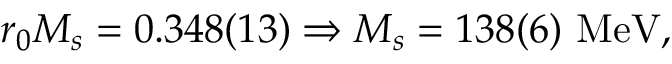
r _ { 0 } M _ { s } = 0 . 3 4 8 ( 1 3 ) \Rightarrow M _ { s } = 1 3 8 ( 6 ) \, \, \mathrm { M e V } ,